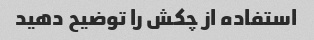
استفاده از چکش را توضیح دهید